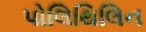
પોલિથિલિન